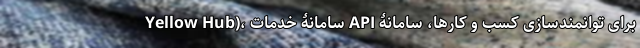
Yellow Hub)، سامانۀ خدمات API برای توانمندسازی کسب و کارها، سامانۀ